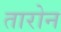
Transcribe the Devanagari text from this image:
तारोन